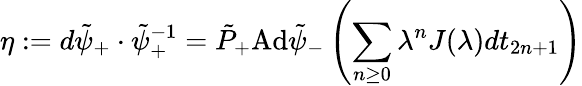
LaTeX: \eta:=d\tilde{\psi}_{+}\cdot\tilde{\psi}_{+}^{-1}=\tilde{P}_{+}\mathrm{Ad}\tilde{\psi}_{-}\left(\sum_{n\geq 0}\lambda^{n}J(\lambda)dt_{2n+1}\right)